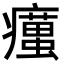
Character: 𤻹